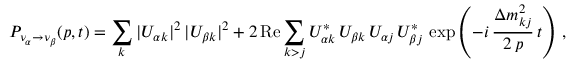
P _ { \nu _ { \alpha } \to \nu _ { \beta } } ( p , t ) = \sum _ { k } | U _ { { \alpha } k } | ^ { 2 } \, | U _ { { \beta } k } | ^ { 2 } + 2 \, \mathrm { R e } \sum _ { k > j } U _ { { \alpha } k } ^ { * } \, U _ { { \beta } k } \, U _ { { \alpha } j } \, U _ { { \beta } j } ^ { * } \, \exp \left( - i \, \frac { \Delta { m } _ { k j } ^ { 2 } } { 2 \, p } \, t \right) \, ,